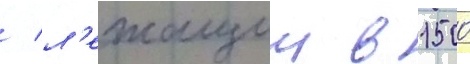
/ л'ежащии в 1500